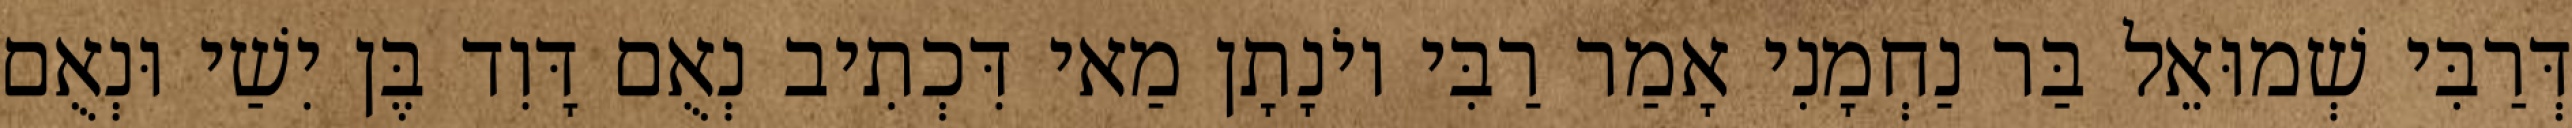
דְּרַבִּי שְׁמוּאֵל בַּר נַחְמָנִי אָמַר רַבִּי יוֹנָתָן מַאי דִּכְתִיב נְאֻם דָּוִד בֶּן יִשַׁי וּנְאֻם